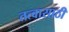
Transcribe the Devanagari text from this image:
तत्वासाठी